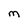
Character: M